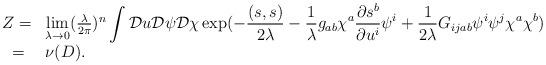
LaTeX: \begin{align*}\begin{array}{ll} Z=&\lim \limits_{\lambda \rightarrow 0}(\frac{\lambda}{2\pi})^n \displaystyle\int {\cal D}u {\cal D}\psi {\cal D} \chi \exp (- \frac{(s, s)}{2\lambda}- \frac{1}{\lambda} g_{ab}\chi ^a \frac{\partial s^b}{\partial{u^i}} \psi^i+ \frac{1}{2\lambda} G_{ijab}\psi^i\psi^j\chi^a\chi^b)\\ ~=&\nu(D).\end{array}\end{align*}